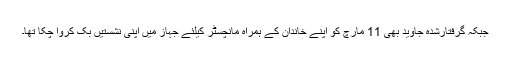
جبکہ گرفتارشدہ جاوید بھی 11 مارچ کو اپنے خاندان کے ہمراہ مانچسٹر کیلئے جہاز میں اپنی نشستیں بک کروا چکا تھا۔